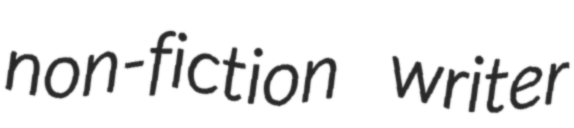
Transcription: non-fiction writer